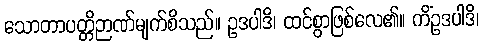
သောတာပတ္တိဉာဏ်မျက်စိသည်။ ဥဒပါဒိ၊ ထင်စွာဖြစ်လေ၏။ ကိံဥဒပါဒိ၊